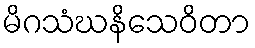
မိဂသံဃနိသေဝိတာ